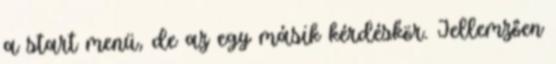
a start menü, de az egy másik kérdéskör. Jellemzően